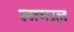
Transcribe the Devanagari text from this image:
लामाज़